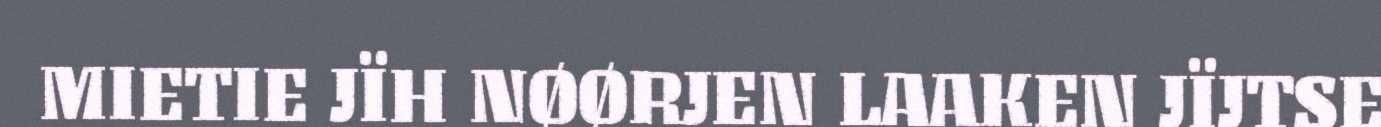
MIETIE JÏH NØØRJEN LAAKEN JÏJTSE